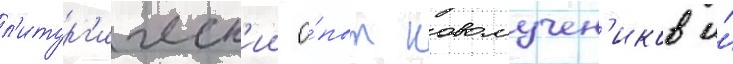
л'итург'ическ'ии о́пыт новомучен'иков и́